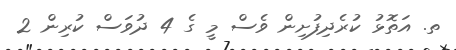
ތ. އަތޮޅު ކުރެދިފުށިން ވެސް މީ ގެ 4 ދުވަސް ކުރިން 2